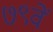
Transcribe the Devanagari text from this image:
७९वें